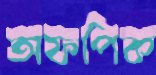
অফপিক